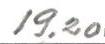
19,20